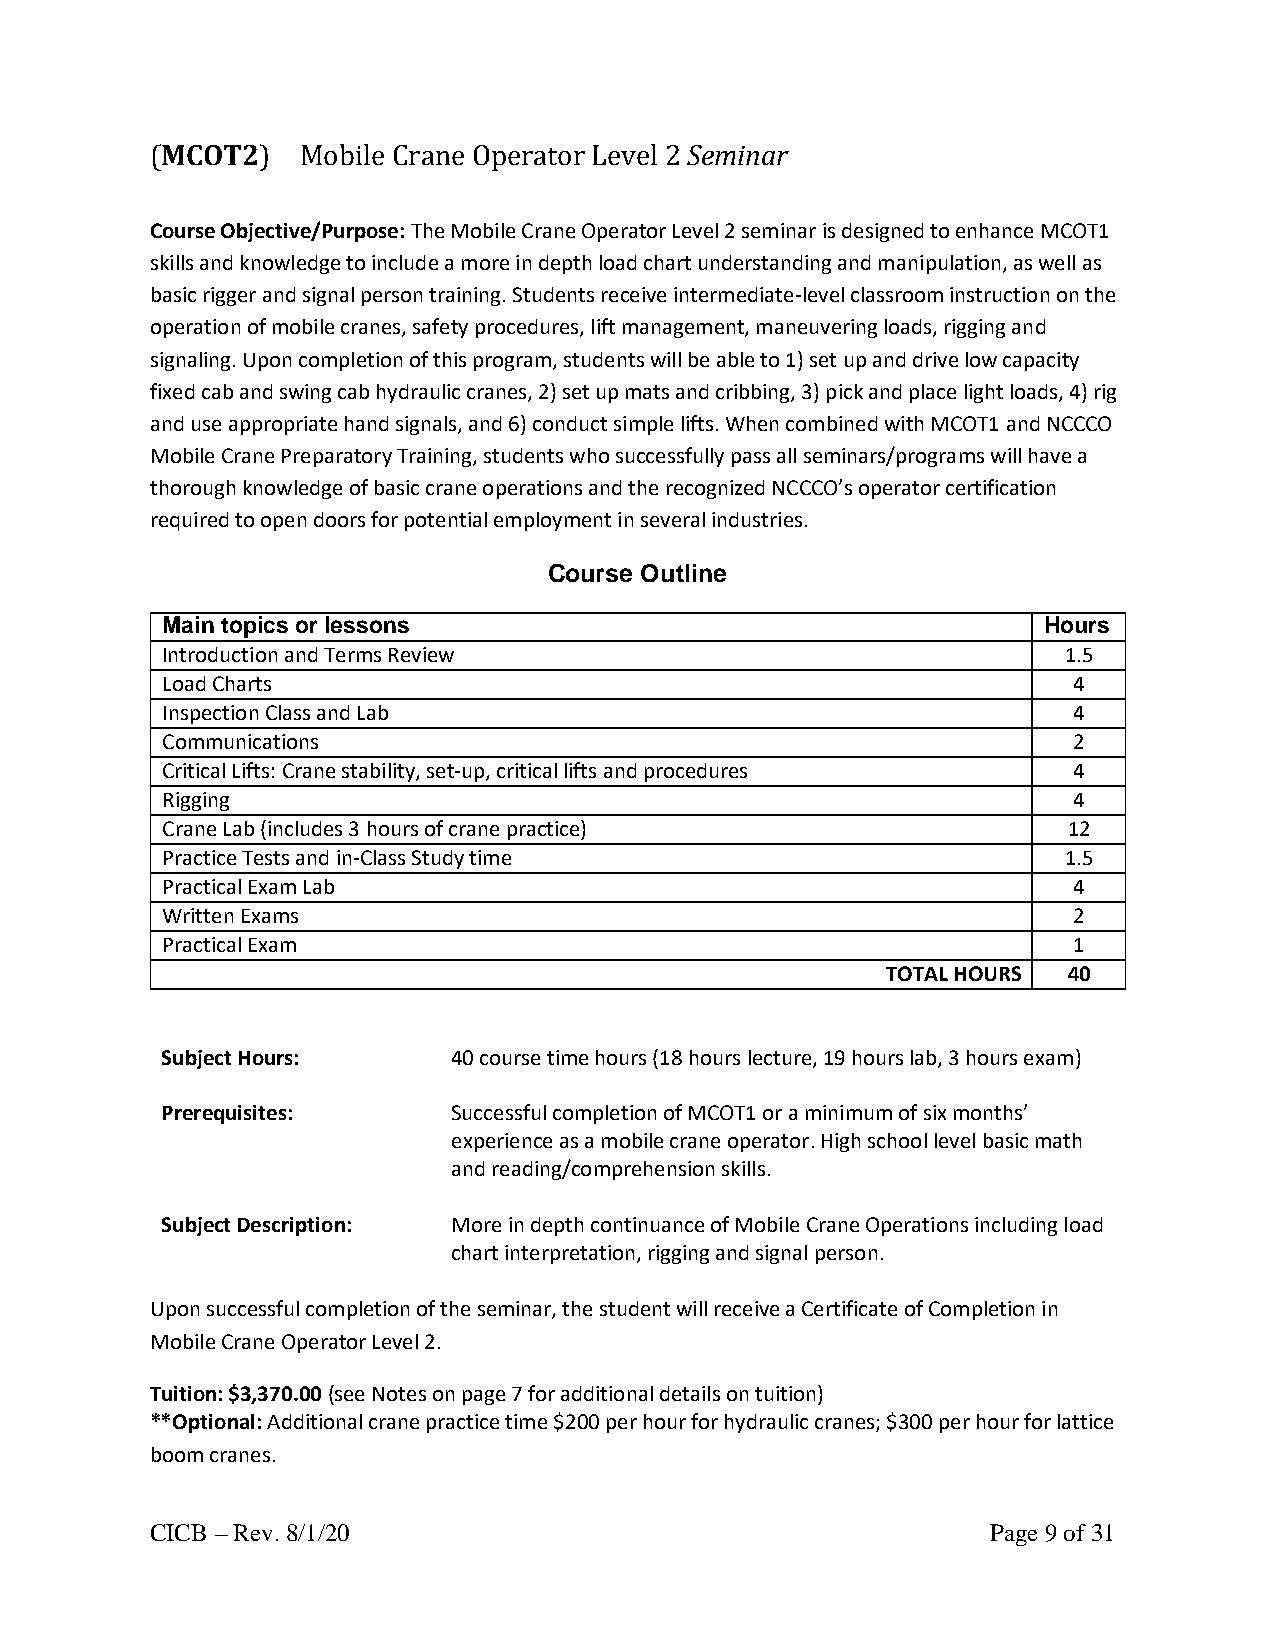
(MCOT2)   Mobile Crane Operator Level 2 Seminar
 Course Objective/Purpose: The Mobile Crane Operator Level 2 seminar is designed to enhance MCOT1
 skills and knowledge to include a more in depth load chart understanding and manipulation, as well as
 basic rigger and signal person training. Students receive intermediate-level classroom instruction on the
 operation of mobile cranes, safety procedures, lift management, maneuvering loads, rigging and
 signaling. Upon completion of this program, students will be able to 1) set up and drive low capacity
 fixed cab and swing cab hydraulic cranes, 2) set up mats and cribbing, 3) pick and place light loads, 4) rig
 and use appropriate hand signals, and 6) conduct simple lifts. When combined with MCOT1 and NCCCO
 Mobile Crane Preparatory Training, students who successfully pass all seminars/programs will have a
 thorough knowledge of basic crane operations and the recognized NCCCO’s operator certification
 required to open doors for potential employment in several industries.
 Course Outline
 Main topics or lessons                                    Hours
 Introduction and Terms Review                              1.5
 Load Charts                                                 4
 Inspection Class and Lab                                    4
 Communications                                              2
 Critical Lifts: Crane stability, set-up, critical lifts and procedures 4
 Rigging                                                     4
 Crane Lab (includes 3 hours of crane practice)              12
 Practice Tests and in-Class Study time                     1.5
 Practical Exam Lab                                          4
 Written Exams                                               2
 Practical Exam                                              1
 TOTAL HOURS 40
 Subject Hours:     40 course time hours (18 hours lecture, 19 hours lab, 3 hours exam)
 Prerequisites:     Successful completion of MCOT1 or a minimum of six months’
 experience as a mobile crane operator. High school level basic math
 and reading/comprehension skills.
 Subject Description: More in depth continuance of Mobile Crane Operations including load
 chart interpretation, rigging and signal person.
 Upon successful completion of the seminar, the student will receive a Certificate of Completion in
 Mobile Crane Operator Level 2.
 Tuition: $3,370.00 (see Notes on page 7 for additional details on tuition)
 **Optional: Additional crane practice time $200 per hour for hydraulic cranes; $300 per hour for lattice
 boom cranes.
 CICB – Rev. 8/1/20                                      Page 9 of 31